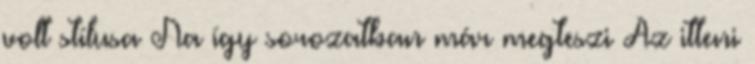
volt stílusa Na így sorozatban már megteszi Az itteni